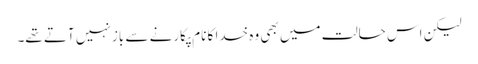
لیکن اس حالت میں بھی وہ خدا کا نام پکارنے سے باز نہیں آتے تھے۔